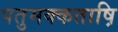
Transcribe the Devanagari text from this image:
पतुमक्कताष़ि